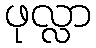
ဖုလ္လာ